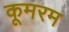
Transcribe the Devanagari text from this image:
कूमरम